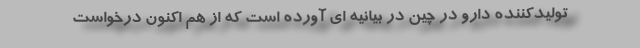
تولیدکننده دارو در چین در بیانیه ای آورده است که از هم اکنون درخواست